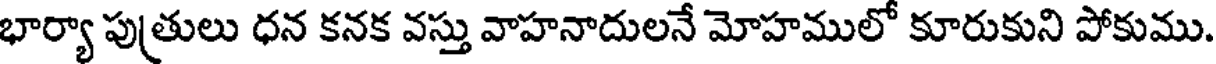
భార్యా పుత్రులు ధన కనక వస్తు వాహనాదులనే మోహములో కూరుకుని పోకుము.